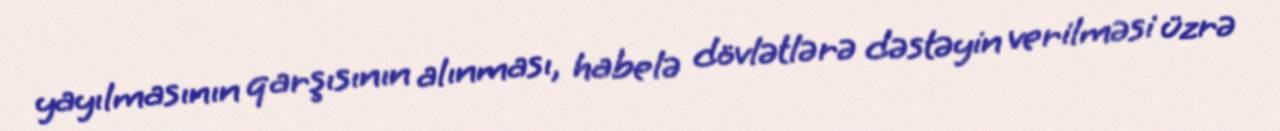
yayılmasının qarşısının alınması, habelə dövlətlərə dəstəyin verilməsi üzrə